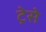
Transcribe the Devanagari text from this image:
ट्रेसे